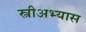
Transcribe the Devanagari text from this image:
स्त्रीअभ्यास